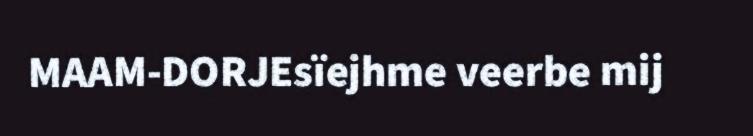
MAAM-DORJEsïejhme veerbe mij